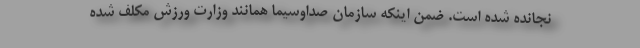
نجانده شده است. ضمن اینکه سازمان صداوسیما همانند وزارت ورزش مکلف شده